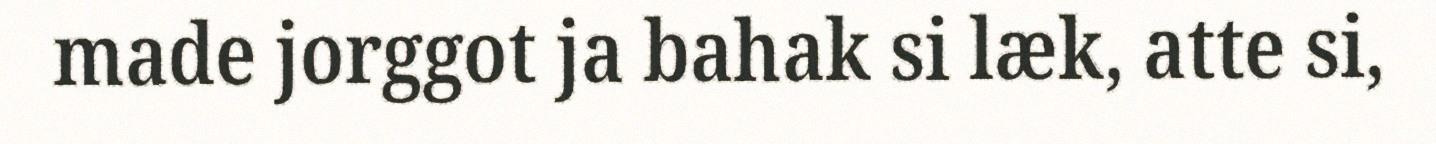
made jorggot ja bahak si læk, atte si,